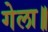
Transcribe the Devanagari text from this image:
गेला॥